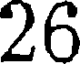
26